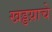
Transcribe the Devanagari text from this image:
खड्डय़ाचे